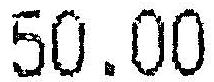
50.00